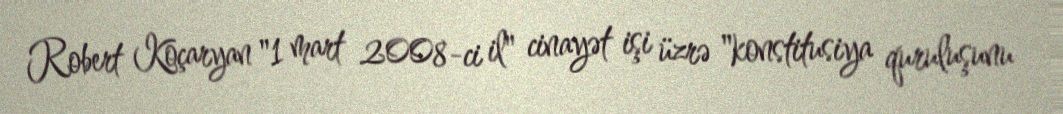
Robert Koçaryan "1 mart 2008-ci il" cinayət işi üzrə "konstitusiya quruluşunu